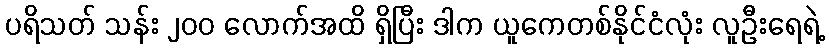
ပရိသတ် သန်း ၂၀၀ လောက်အထိ ရှိပြီး ဒါက ယူကေတစ်နိုင်ငံလုံး လူဦးရေရဲ့